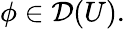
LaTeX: \phi\in{\mathcal{D}}(U).